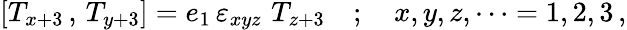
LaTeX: \left[T_{x+3}\, ,\, T_{y+3}\right]=e_{1}\, \varepsilon_{xyz}\, \, T_{z+3}\quad;\quad x,y,z,\dots=1,2,3\, ,